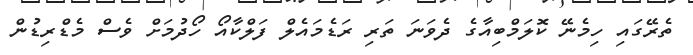
ތެރޭގައި ހިމެނޭ ކޮލަމްބިއާގެ ދެވަނަ ތަރި ރަޑެމައެލް ފަލްކާއޯ ހޯދުމަށް ވެސް މެޑްރިޑުން